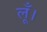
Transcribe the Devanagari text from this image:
लूँ।